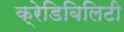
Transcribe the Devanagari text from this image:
क्रेडिबिलिटी